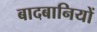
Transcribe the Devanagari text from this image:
बादबानियों